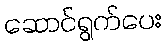
ဆောင်ရွက်ပေး